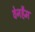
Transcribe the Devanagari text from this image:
वेनहैम